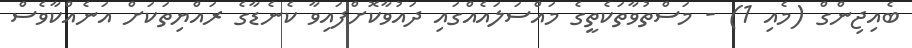
ބެއިޖިންގް (މެއި 1) - މަސްތުވާތަކެތީގެ މައްސަލައެއްގައި ދައުވާކޮށްފައިވާ ކެނެޑާގެ ރައްޔިތަކަށް އަނެއްކާވެސް